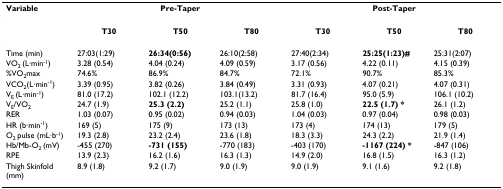
<table><thead><tr><td><b>Variable</b></td><td colspan="3"><b>Pre-Taper</b></td><td colspan="3"><b>Post-Taper</b></td></tr></thead><tbody><tr><td></td><td><b>T30</b></td><td><b>T50</b></td><td><b>T80</b></td><td><b>T30</b></td><td><b>T50</b></td><td><b>T80</b></td></tr><tr><td>Time (min)</td><td>27:03(1:29)</td><td><b>26:34(0:56)</b></td><td>26:10(2:58)</td><td>27:40(2:34)</td><td><b>25:25(1:23)#</b></td><td>25:31(2:07)</td></tr><tr><td>VO<sub>2 </sub>(L·min<sup>-1</sup>)</td><td>3.28 (0.54)</td><td>4.04 (0.24)</td><td>4.09 (0.59)</td><td>3.17 (0.56)</td><td>4.22 (0.11)</td><td>4.15 (0.39)</td></tr><tr><td>%VO<sub>2</sub>max</td><td>74.6%</td><td>86.9%</td><td>84.7%</td><td>72.1%</td><td>90.7%</td><td>85.3%</td></tr><tr><td>VCO<sub>2</sub>(L·min<sup>-1</sup>)</td><td>3.39 (0.95)</td><td>3.82 (0.26)</td><td>3.84 (0.49)</td><td>3.31 (0.93)</td><td>4.07 (0.21)</td><td>4.07 (0.31)</td></tr><tr><td>V<sub>E </sub>(L·min<sup>-1</sup>)</td><td>81.0 (17.2)</td><td>102.1 (12.2)</td><td>103.1(13.2)</td><td>81.7 (16.4)</td><td>95.0 (5.9)</td><td>106.1 (10.2)</td></tr><tr><td>V<sub>E</sub>/VO<sub>2</sub></td><td>24.7 (1.9)</td><td><b>25.3 (2.2)</b></td><td>25.2 (1.1)</td><td>25.8 (1.0)</td><td><b>22.5 (1.7) *</b></td><td>26.1 (1.2)</td></tr><tr><td>RER</td><td>1.03 (0.07)</td><td>0.95 (0.02)</td><td>0.94 (0.03)</td><td>1.04 (0.03)</td><td>0.97 (0.04)</td><td>0.98 (0.03)</td></tr><tr><td>HR (b·min<sup>-1</sup>)</td><td>169 (5)</td><td>175 (9)</td><td>173 (13)</td><td>173 (4)</td><td>174 (13)</td><td>179 (5)</td></tr><tr><td>O<sub>2 </sub>pulse (mL·b<sup>-1</sup>)</td><td>19.3 (2.8)</td><td>23.2 (2.4)</td><td>23.6 (1.8)</td><td>18.3 (3.3)</td><td>24.3 (2.2)</td><td>21.9 (1.4)</td></tr><tr><td>Hb/Mb-O<sub>2 </sub>(mV)</td><td>-455 (270)</td><td><b>-731 (155)</b></td><td>-770 (183)</td><td>-403 (170)</td><td><b>-1167 (224) *</b></td><td>-847 (106)</td></tr><tr><td>RPE</td><td>13.9 (2.3)</td><td>16.2 (1.6)</td><td>16.3 (1.3)</td><td>14.9 (2.0)</td><td>16.8 (1.5)</td><td>16.3 (1.2)</td></tr><tr><td>Thigh Skinfold (mm)</td><td>8.9 (1.8)</td><td>9.2 (1.7)</td><td>9.0 (1.9)</td><td>9.0 (1.9)</td><td>9.1 (1.6)</td><td>9.2 (1.8)</td></tr></tbody></table>